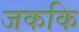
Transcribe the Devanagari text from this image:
जककि